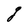
Character: g